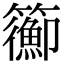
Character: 𥷉